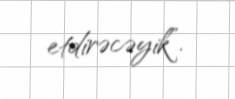
etdirəcəyik”.